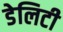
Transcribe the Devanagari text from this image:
डेलिटी